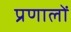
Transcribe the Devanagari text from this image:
प्रणालों